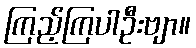
ကြည့်ကြပါဦးဗျာ။